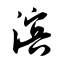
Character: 滨